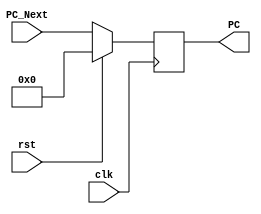

module PC_Module(clk,rst,PC_Next,PC);
    input clk,rst;
    input [31:0]PC_Next;
    output reg[31:0]PC;
    

    always @(posedge clk)
    begin
        if(rst == 1'b1)
            PC <= {32{1'b0}};
        else
            PC <= PC_Next;
    end
endmodule